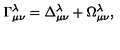
\Gamma _ { \mu \nu } ^ { \lambda } = \Delta _ { \mu \nu } ^ { \lambda } + \Omega _ { \mu \nu } ^ { \lambda } ,